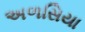
અળસિયા